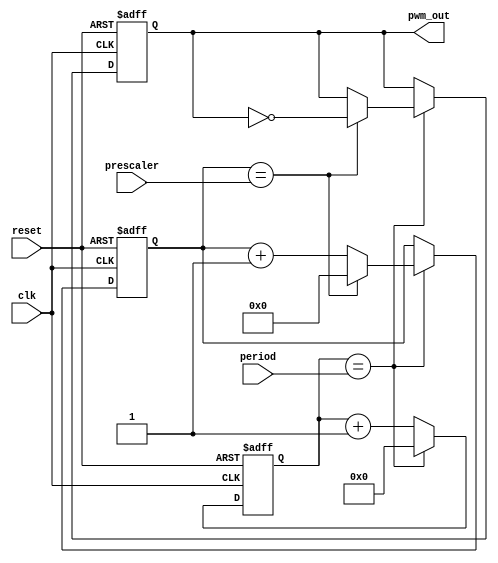
module pwm_timer(
    input clk,
    input reset,
    input [7:0] prescaler,
    input [15:0] period,
    output reg pwm_out
);

reg [15:0] counter;
reg [7:0] divider;

always @(posedge clk or posedge reset) begin
    if (reset) begin
        counter <= 0;
        pwm_out <= 0;
        divider <= 0;
    end else begin
        counter <= counter + 1;
        
        if (counter == period) begin
            counter <= 0;
            divider <= divider + 1;
            
            if (divider == prescaler) begin
                divider <= 0;
                pwm_out <= ~pwm_out;
            end
        end
    end
end

endmodule